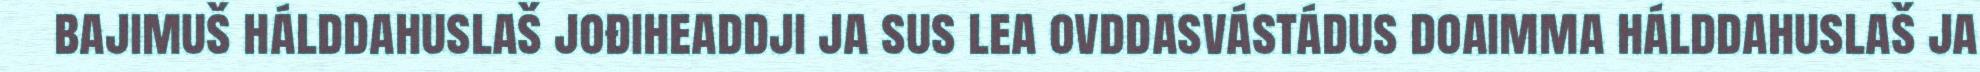
bajimuš hálddahuslaš jođiheaddji ja sus lea ovddasvástádus doaimma hálddahuslaš ja